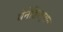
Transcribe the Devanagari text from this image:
बेनेडिक्ट्सन